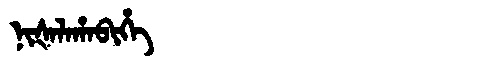
Manchu: ᠨᡳᡧᠠᠯᠠᡥᠠᠪᡳᡥᡝ
Romanization: NIŠALAHABIHE